French and German assistants in Scottish schools and training centres, 1937
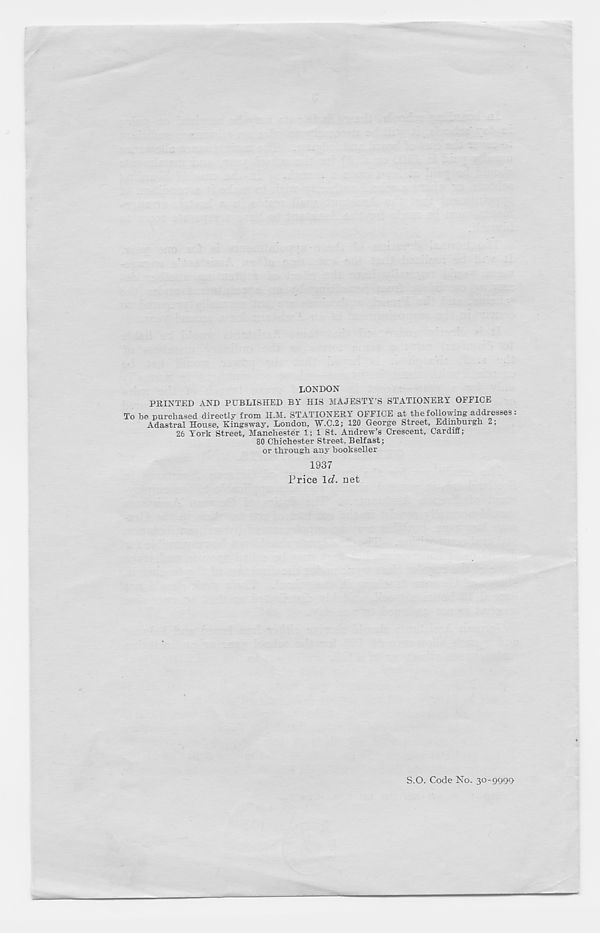
LONDON
PRINTED AND PUBLISHED BY HIS MAJESTY’S STATIONERY OFFICE
To be purchased directly from H.M. STATIONERY OFFICE at the following addresses:
Adastral House, Kingsway. London, W.C.2; 120 George Street, Edinburgh 2;
26 York Street, Manchester 1; 1 St. Andrew’s Crescent, Cardiff;
80 Chichester Street. Belfast;
or through any bookseller
1937
Trice \d. net
S.O. Code No. 30-9999